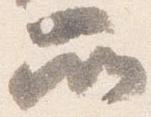
所